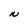
Character: N